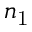
n _ { \mathrm { 1 } }